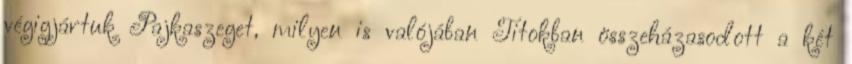
végigjártuk Pajkaszeget, milyen is valójában Titokban összeházasodott a két